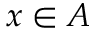
x \in A